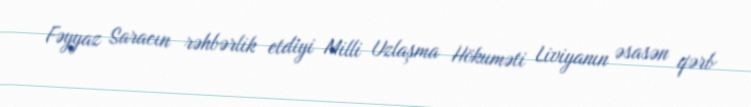
Fəyyaz Saracın rəhbərlik etdiyi Milli Uzlaşma Hökuməti Liviyanın əsasən qərb